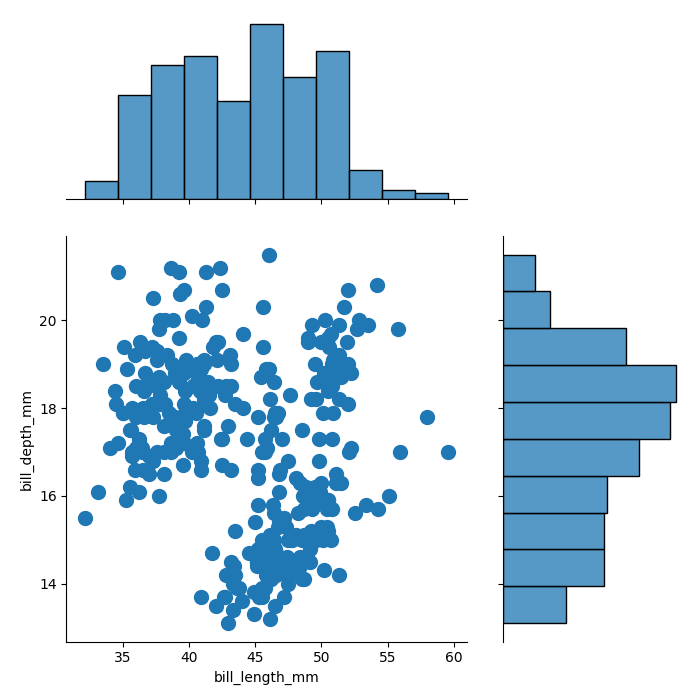
python, seaborn, jointplot, kind='scatter', height='7', ratio='2', marginal_ticks='False'